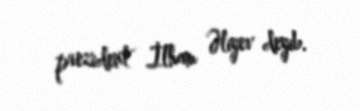
prezident İlham Əliyev deyib.